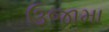
ઉજામા